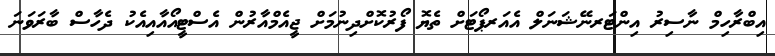
އިބްރާހިމް ނާސިރު އިންޓަރނޭޝަނަލް އެއަރޕޯޓަށް ތެޔޮ ފޯރުކޮށްދިނުމަށް ޖީއެމްއާރުން އެސްޓީއޯއާއިއެކު ދެހާސް ބާރަވަނަ